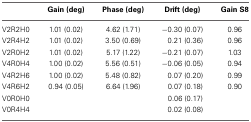
|  | Gain (deg) | Phase (deg) | Drift (deg) | Gain S8 |
 | --- | --- | --- | --- | --- |
 | V2R2H0 | 1.01 (0.02) | 4.62 (1.71) | −0.30 (0.07) | 0.96 |
 | V2R4H2 | 1.01 (0.02) | 3.50 (0.69) | 0.21 (0.36) | 0.96 |
 | V2R0H2 | 1.01 (0.02) | 5.17 (1.22) | −0.21 (0.07) | 1.03 |
 | V4R0H4 | 1.00 (0.02) | 5.56 (0.51) | −0.06 (0.05) | 0.94 |
 | V4R2H6 | 1.00 (0.02) | 5.48 (0.82) | 0.07 (0.20) | 0.99 |
 | V4R6H2 | 0.94 (0.05) | 6.64 (1.96) | 0.07 (0.18) | 0.90 |
 | V0R0H0 |  |  | 0.06 (0.17) |  |
 | V0R4H4 |  |  | 0.02 (0.08) |  |